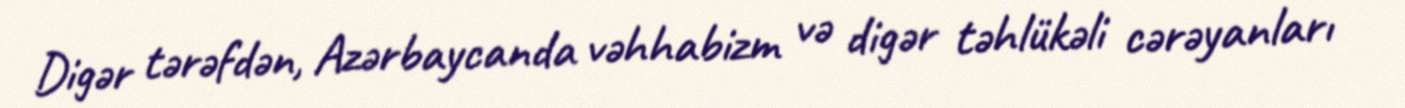
Digər tərəfdən, Azərbaycanda vəhhabizm və digər təhlükəli cərəyanları